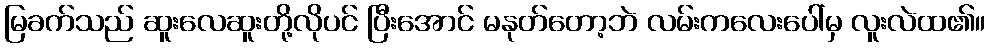
မြခက်သည် ဆူးလေဆူးတို့လိုပင် ပြီးအောင် မနုတ်တော့ဘဲ လမ်းကလေးပေါ်မှ လူးလဲထ၏။